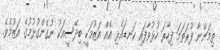
ތިމަންނާ ފުރަތަމަ ފިހާރަ ހުޅުވާފައި ކަނޑައެޅި އެއް އަޒުމަކީ ބިދޭސީއަކު ނުގެންގުޅުމުގެ އަޒުމެވެ.